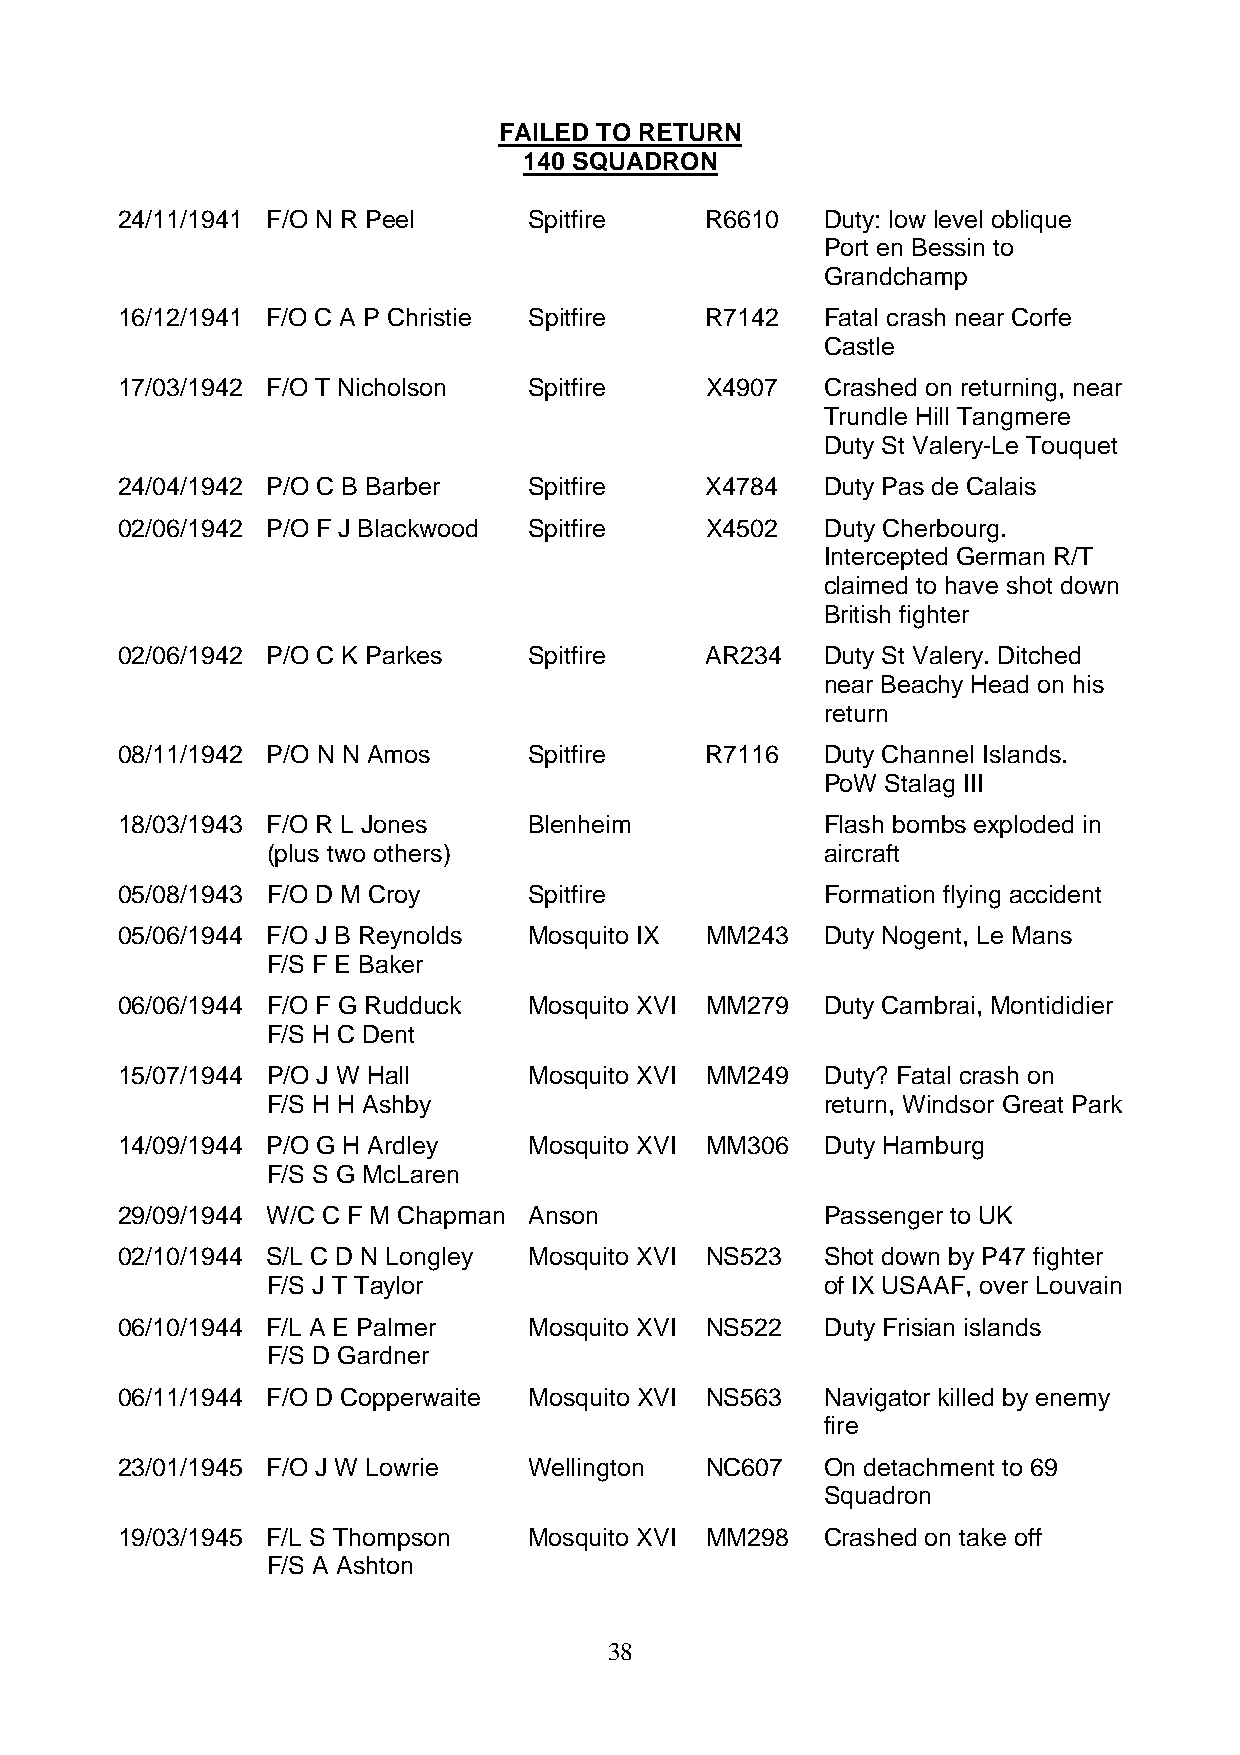
FAILED TO RETURN
 140 SQUADRON
 24/11/1941 F/O N R Peel    Spitfire    R6610   Duty: low level oblique
 Port en Bessin to
 Grandchamp
 16/12/1941 F/O C A P Christie Spitfire R7142   Fatal crash near Corfe
 Castle
 17/03/1942 F/O T Nicholson Spitfire    X4907   Crashed on returning, near
 Trundle Hill Tangmere
 Duty St Valery-Le Touquet
 24/04/1942 P/O C B Barber  Spitfire    X4784   Duty Pas de Calais
 02/06/1942 P/O F J Blackwood Spitfire  X4502   Duty Cherbourg.
 Intercepted German R/T
 claimed to have shot down
 British fighter
 02/06/1942 P/O C K Parkes  Spitfire    AR234   Duty St Valery. Ditched
 near Beachy Head on his
 return
 08/11/1942 P/O N N Amos    Spitfire    R7116   Duty Channel Islands.
 PoW Stalag III
 18/03/1943 F/O R L Jones   Blenheim            Flash bombs exploded in
 (plus two others)                    aircraft
 05/08/1943 F/O D M Croy    Spitfire            Formation flying accident
 05/06/1944 F/O J B Reynolds Mosquito IX MM243  Duty Nogent, Le Mans
 F/S F E Baker
 06/06/1944 F/O F G Rudduck Mosquito XVI MM279  Duty Cambrai, Montididier
 F/S H C Dent
 15/07/1944 P/O J W Hall    Mosquito XVI MM249  Duty? Fatal crash on
 F/S H H Ashby                        return, Windsor Great Park
 14/09/1944 P/O G H Ardley  Mosquito XVI MM306  Duty Hamburg
 F/S S G McLaren
 29/09/1944 W/C C F M Chapman Anson             Passenger to UK
 02/10/1944 S/L C D N Longley Mosquito XVI NS523 Shot down by P47 fighter
 F/S J T Taylor                       of IX USAAF, over Louvain
 06/10/1944 F/L A E Palmer  Mosquito XVI NS522  Duty Frisian islands
 F/S D Gardner
 06/11/1944 F/O D Copperwaite Mosquito XVI NS563 Navigator killed by enemy
 fire
 23/01/1945 F/O J W Lowrie  Wellington  NC607   On detachment to 69
 Squadron
 19/03/1945 F/L S Thompson  Mosquito XVI MM298  Crashed on take off
 F/S A Ashton
 38